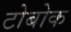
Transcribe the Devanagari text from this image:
टोबोक